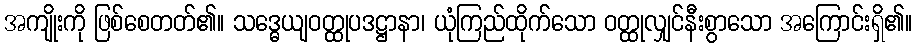
အကျိုးကို ဖြစ်စေတတ်၏။ သဒ္ဓေယျဝတ္ထုပဒဋ္ဌာနာ၊ ယုံကြည်ထိုက်သော ဝတ္ထုလျှင်နီးစွာသော အကြောင်းရှိ၏။